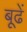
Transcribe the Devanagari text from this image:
बूढें